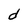
Character: d